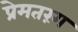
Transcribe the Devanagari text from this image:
प्रेमतरंग